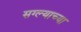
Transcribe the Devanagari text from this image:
सग्ल्याच्या